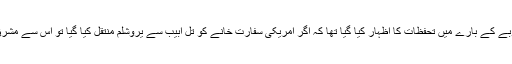
فلسطینیوں کی طرف سے ڈونلڈ ٹرمپ کے اس منصوبے کے بارے میں تحفظات کا اظہار کیا گیا تھا کہ اگر امریکی سفارت خانے کو تل ابیب سے یروشلم منتقل کیا گیا تو اس سے مشرق وُسطیٰ میں قیام امن کے عمل کو نقصان پہنچے گا۔